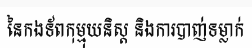
នៃកងទ័ពកុម្មុយនិស្ត និងការបាញ់ទម្លាក់